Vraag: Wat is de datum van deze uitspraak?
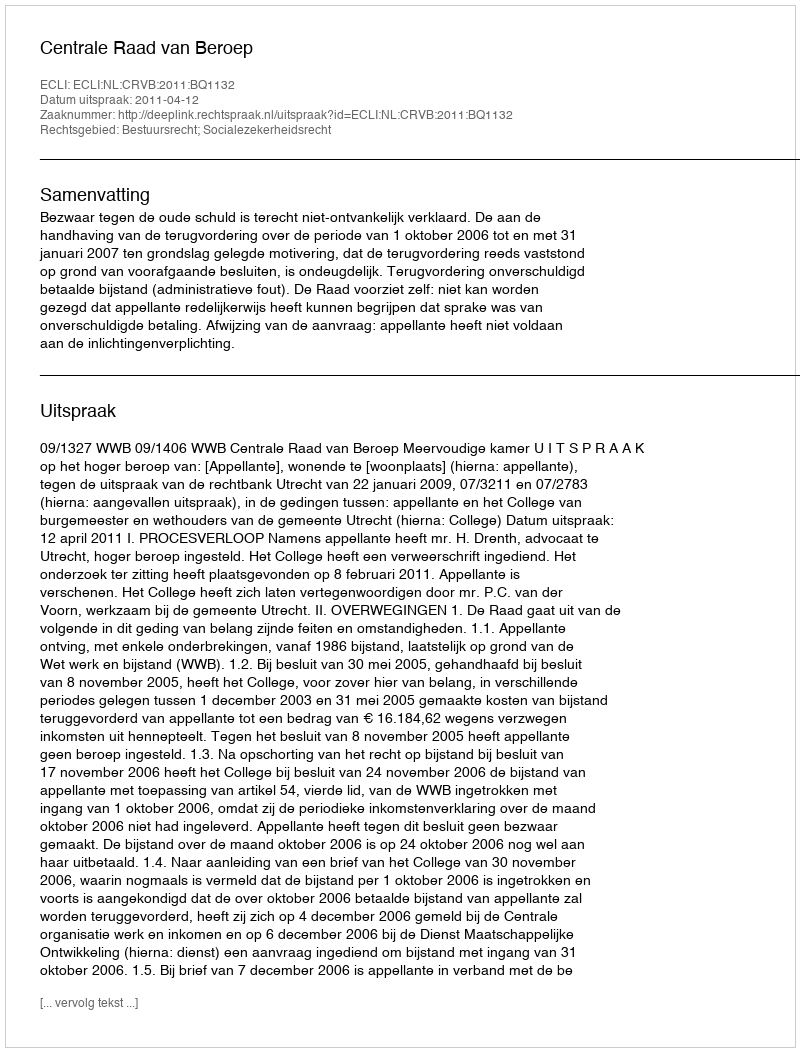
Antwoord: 2011-04-12